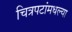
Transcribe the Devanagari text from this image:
चित्रपटांमधल्या